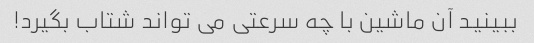
ببینید آن ماشین با چه سرعتی می تواند شتاب بگیرد!